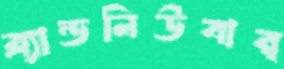
ব্র্যান্ডনিউবার্